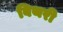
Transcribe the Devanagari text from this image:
बिथरी